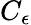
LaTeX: C_{\epsilon}